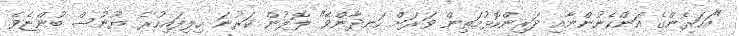
"އަހަރެންގެ އަންހެނުންނާއި ދަރިންކޮޅުމަތިން ވަރަށް ހަނދާންވޭ" ލޮލުން ކަރުނަ ހިލިފައިހުރެ ޔޫނުސް ބުންޏެވެ.